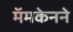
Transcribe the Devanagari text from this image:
मॅमकेनने